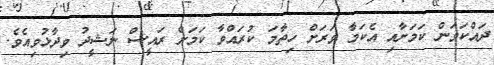
ދައްކަވަން ކަމަށާއި އެކަމާ ވަރަށް ހިތާމަ ކުރައްވާ ކަމަށް ރައީސް ނަޝީދު ވިދާޅުވިއެވެ.